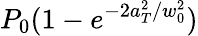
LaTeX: P_{0}(1-e^{-2a_{T}^{2}/w_{0}^{2}})